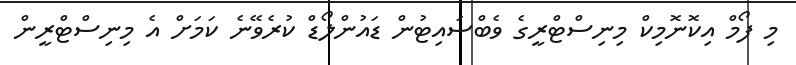
މި ފޯމް އިކޮނޮމިކް މިނިސްޓްރީގެ ވެބްސައިޓުން ޑައުންލޯޑް ކުރެވޭނެ ކަމަށް އެ މިނިސްޓްރީން